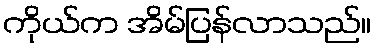
ကိုယ်က အိမ်ပြန်လာသည်။